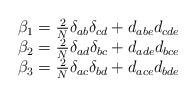
LaTeX: \begin{align*}\begin{array}{c}\beta _1=\frac 2N\delta _{ab}\delta _{cd}+d_{abe}d_{cde} \\ \beta _2=\frac 2N\delta _{ad}\delta _{bc}+d_{ade}d_{bce} \\ \beta _3=\frac 2N\delta _{ac}\delta _{bd}+d_{ace}d_{bde}\end{array}\end{align*}